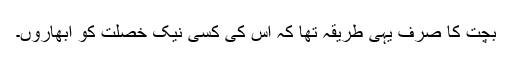
بچت کا صرف یہی طریقہ تھا کہ اس کی کسی نیک خصلت کو ابھاروں۔